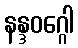
နန္ဒဝဂ္ဂေါ